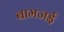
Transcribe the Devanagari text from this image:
बामजई